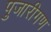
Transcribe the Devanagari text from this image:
पुजारीगण